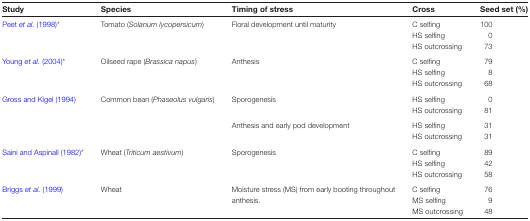
<table><thead><tr><td><b>Study</b></td><td><b>Species</b></td><td><b>Timing of stress</b></td><td><b>Cross</b></td><td><b>Seed set (%)</b></td></tr></thead><tbody><tr><td>Peet <i>et al.</i> (1998)*</td><td>Tomato (<i>Solanum lycopersicum</i>)</td><td>Floral development until maturity</td><td>C selfingHS selfingHS outcrossing</td><td>100073</td></tr><tr><td>Young <i>et al.</i> (2004)*</td><td>Oilseed rape (<i>Brassica napus</i>)</td><td>Anthesis</td><td>C selfingHS selfingHS outcrossing</td><td>79868</td></tr><tr><td>Gross and Kigel (1994)</td><td>Common bean (<i>Phaseolus vulgaris</i>)</td><td>Sporogenesis</td><td>HS selfingHS outcrossing</td><td>081</td></tr><tr><td></td><td></td><td>Anthesis and early pod development</td><td>HS selfingHS outcrossing</td><td>3131</td></tr><tr><td>Saini and Aspinall (1982)*</td><td>Wheat (<i>Triticum aestivum</i>)</td><td>Sporogenesis</td><td>C selfingHS selfingHS outcrossing</td><td>894258</td></tr><tr><td>Briggs <i>et al.</i> (1999)</td><td>Wheat</td><td>Moisture stress (MS) from early booting throughout anthesis.</td><td>C selfingMS selfingMS outcrossing</td><td>76948</td></tr></tbody></table>